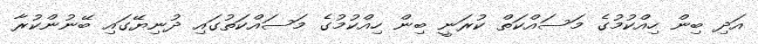
އަދި ބިން ހިއްކުމުގެ މަސައްކަތް ކުރަނީ ބިން ހިއްކުމުގެ މަސައްކަތުގައި ދުނިޔޭގައި ބޭނުންކުރާ